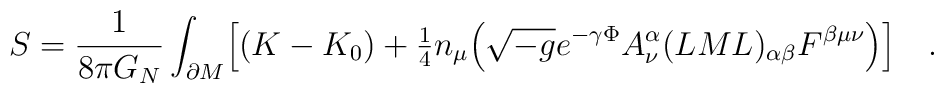
S=\frac{1}{8\pi G_N} \int_{\partial M} \Bigl[ (K-K_0)+{\textstyle{\frac{1}{4}}} n_\mu \Bigl( \sqrt{-g} e^{-\gamma\Phi}A_\nu^{\alpha}(LML)_{\alpha\beta}F^{\beta\mu\nu} \Bigr) \Bigr]\quad .